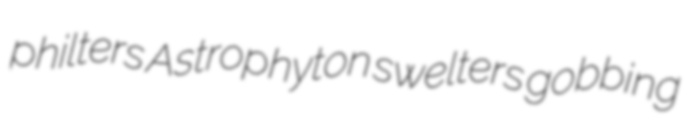
philters Astrophyton swelters gobbing